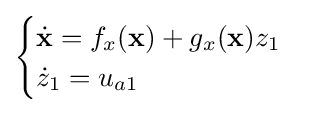
{\begin{cases}{\dot {\mathbf {x} }}=f_{x}(\mathbf {x} )+g_{x}(\mathbf {x} )z_{1}\\{\dot {z}}_{1}=u_{a1}\end{cases}}